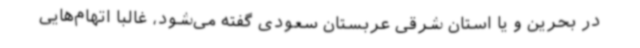
در بحرین و یا استان شرقی عربستان سعودی گفته می‌شود، غالباً اتهام‌هایی